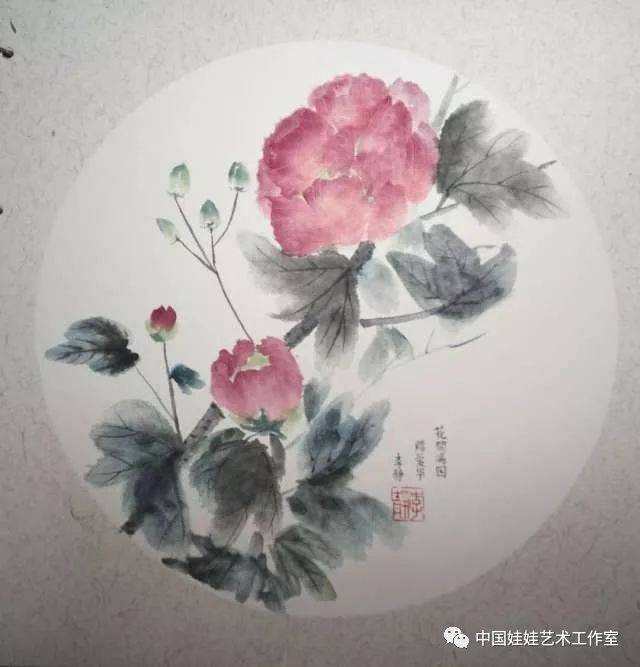
芙蓉生在秋江上，不向东风怨未开。